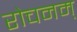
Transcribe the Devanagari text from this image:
रोचनम्